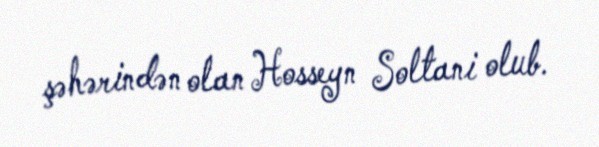
şəhərindən olan Hosseyn Soltani olub.